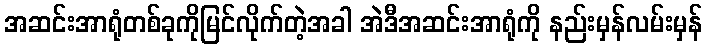
အဆင်းအာရုံတစ်ခုကိုမြင်လိုက်တဲ့အခါ အဲဒီအဆင်းအာရုံကို နည်းမှန်လမ်းမှန်